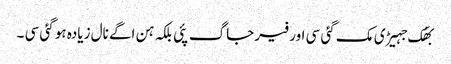
بھُک جہیڑی مک گئی سی اور فیر جاگ پئی بلکہ ہن اگے نال زیادہ ہو گئی سی ۔